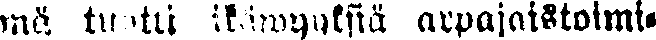
mä tuotti ikäwyyksiä arpajaistoimi-